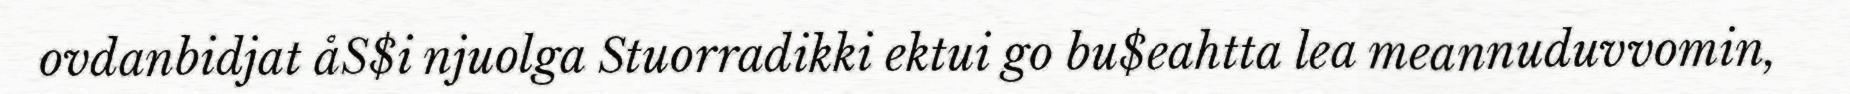
ovdanbidjat åS$i njuolga Stuorradikki ektui go bu$eahtta lea meannuduvvomin,